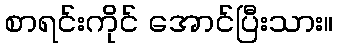
စာရင်းကိုင် အောင်ပြီးသား။